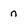
Character: n